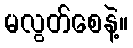
မလွတ်စေနဲ့။